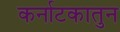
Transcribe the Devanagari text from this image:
कर्नाटकातुन